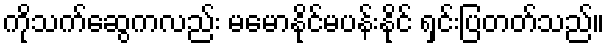
ကိုသက်ဆွေကလည်း မမောနိုင်မပန်းနိုင် ရှင်းပြတတ်သည်။